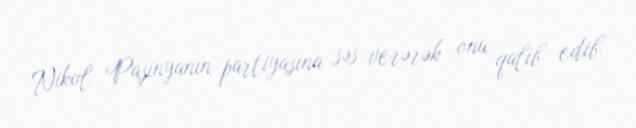
Nikol Paşinyanın partiyasına səs verərək onu qalib edib.